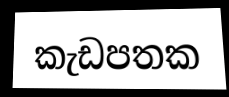
කැඩපතක